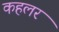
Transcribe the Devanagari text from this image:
कहलर